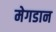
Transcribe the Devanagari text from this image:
मेगडान